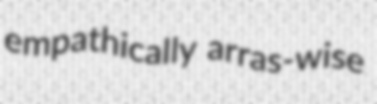
empathically arras-wise